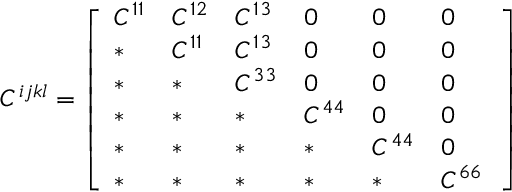
C ^ { i j k l } = \left[ \begin{array} { l l l l l l } { C ^ { 1 1 } } & { C ^ { 1 2 } } & { C ^ { 1 3 } } & { 0 } & { 0 } & { 0 } \\ { * } & { C ^ { 1 1 } } & { C ^ { 1 3 } } & { 0 } & { 0 } & { 0 } \\ { * } & { * } & { C ^ { 3 3 } } & { 0 } & { 0 } & { 0 } \\ { * } & { * } & { * } & { C ^ { 4 4 } } & { 0 } & { 0 } \\ { * } & { * } & { * } & { * } & { C ^ { 4 4 } } & { 0 } \\ { * } & { * } & { * } & { * } & { * } & { C ^ { 6 6 } \, } \end{array} \right]